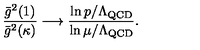
{ \frac { \bar { g } ^ { 2 } ( 1 ) } { \bar { g } ^ { 2 } ( \kappa ) } } \longrightarrow \frac { \ln p / \Lambda _ { \mathrm { Q C D } } } { \ln \mu / \Lambda _ { \mathrm { Q C D } } } .